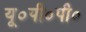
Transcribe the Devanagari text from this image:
यू०पी०पी०